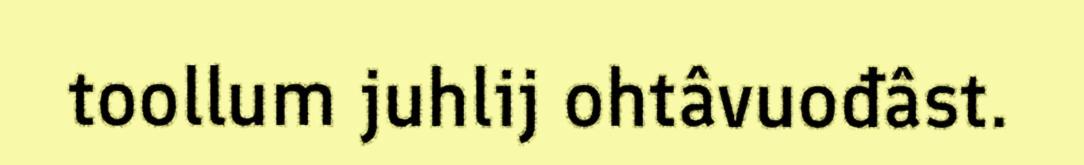
toollum juhlij ohtâvuođâst.